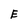
Character: E